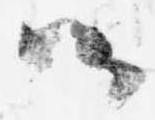
候